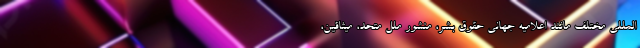
المللی مختلف مانند اعلامیه جهانی حقوق بشر، منشور ملل متحد، میثاقین،